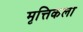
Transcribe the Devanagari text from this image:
मृत्तिकला